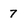
Character: 7